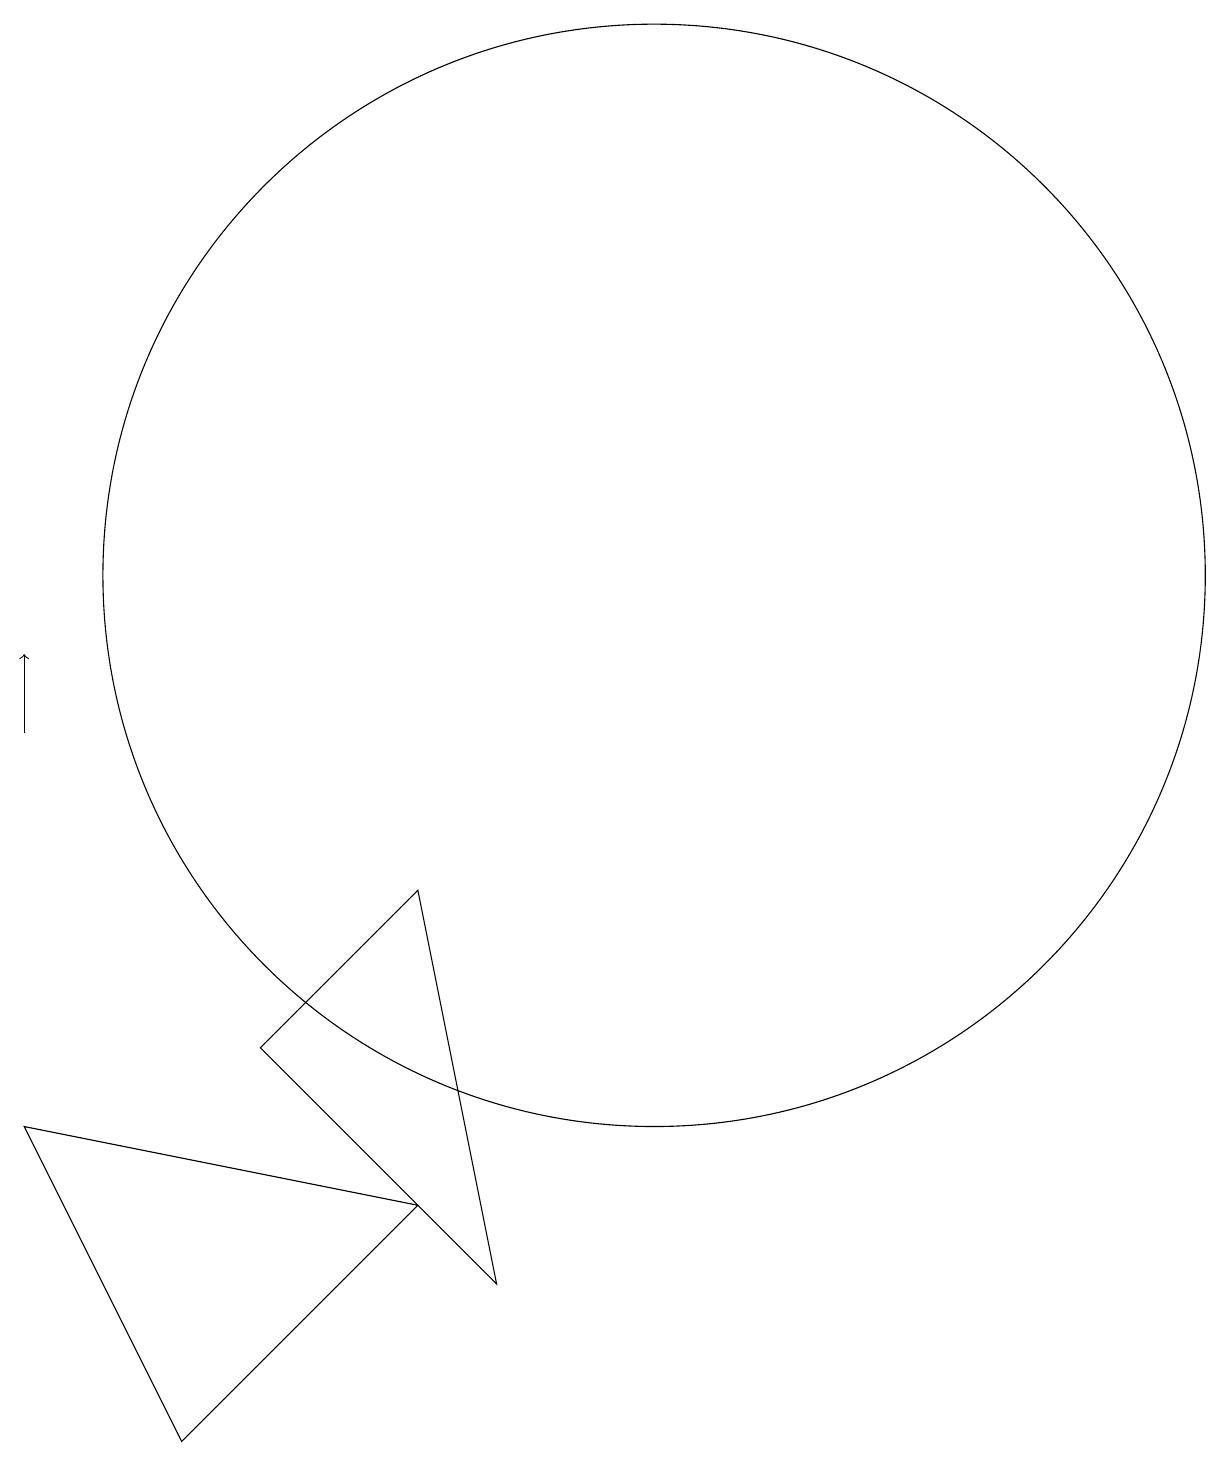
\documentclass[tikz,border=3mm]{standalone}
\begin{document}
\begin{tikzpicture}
\draw (3,5) -- (8,4) -- (5,1) -- cycle;
\draw[->] (3,10) -- (3,11);
\draw (9,3) -- (6,6) -- (8,8) -- cycle;
\draw (11,12) circle (7);
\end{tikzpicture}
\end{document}